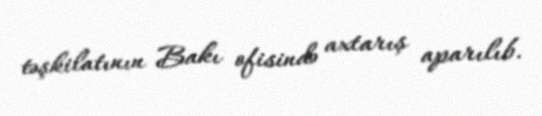
təşkilatının Bakı ofisində axtarış aparılıb.